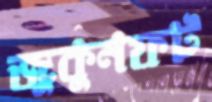
জুকুনফট